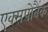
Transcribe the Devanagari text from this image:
एक्सपोबैंक